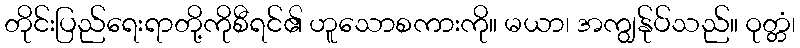
တိုင်းပြည်ရေးရာတို့ကိုစီရင်၏ ဟူသောစကားကို။ မယာ၊ အကျွန်ုပ်သည်။ ဝုတ္တံ၊